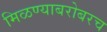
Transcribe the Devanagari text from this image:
मिळण्याबरोबरच